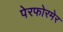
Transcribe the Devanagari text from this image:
पेरफोरमेर